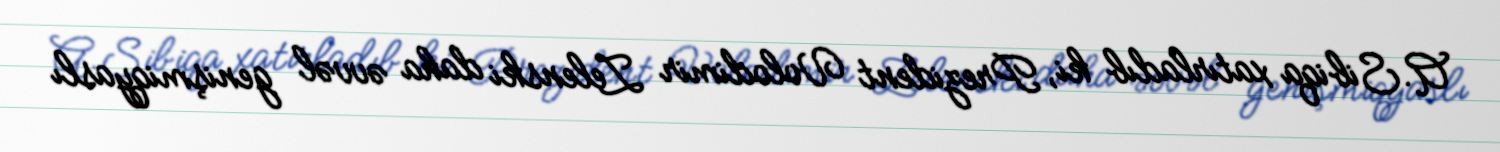
A.Sibiqa xatırladıb ki, Prezident Volodimir Zelenski daha əvvəl genişmiqyaslı